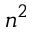
n ^ { 2 }